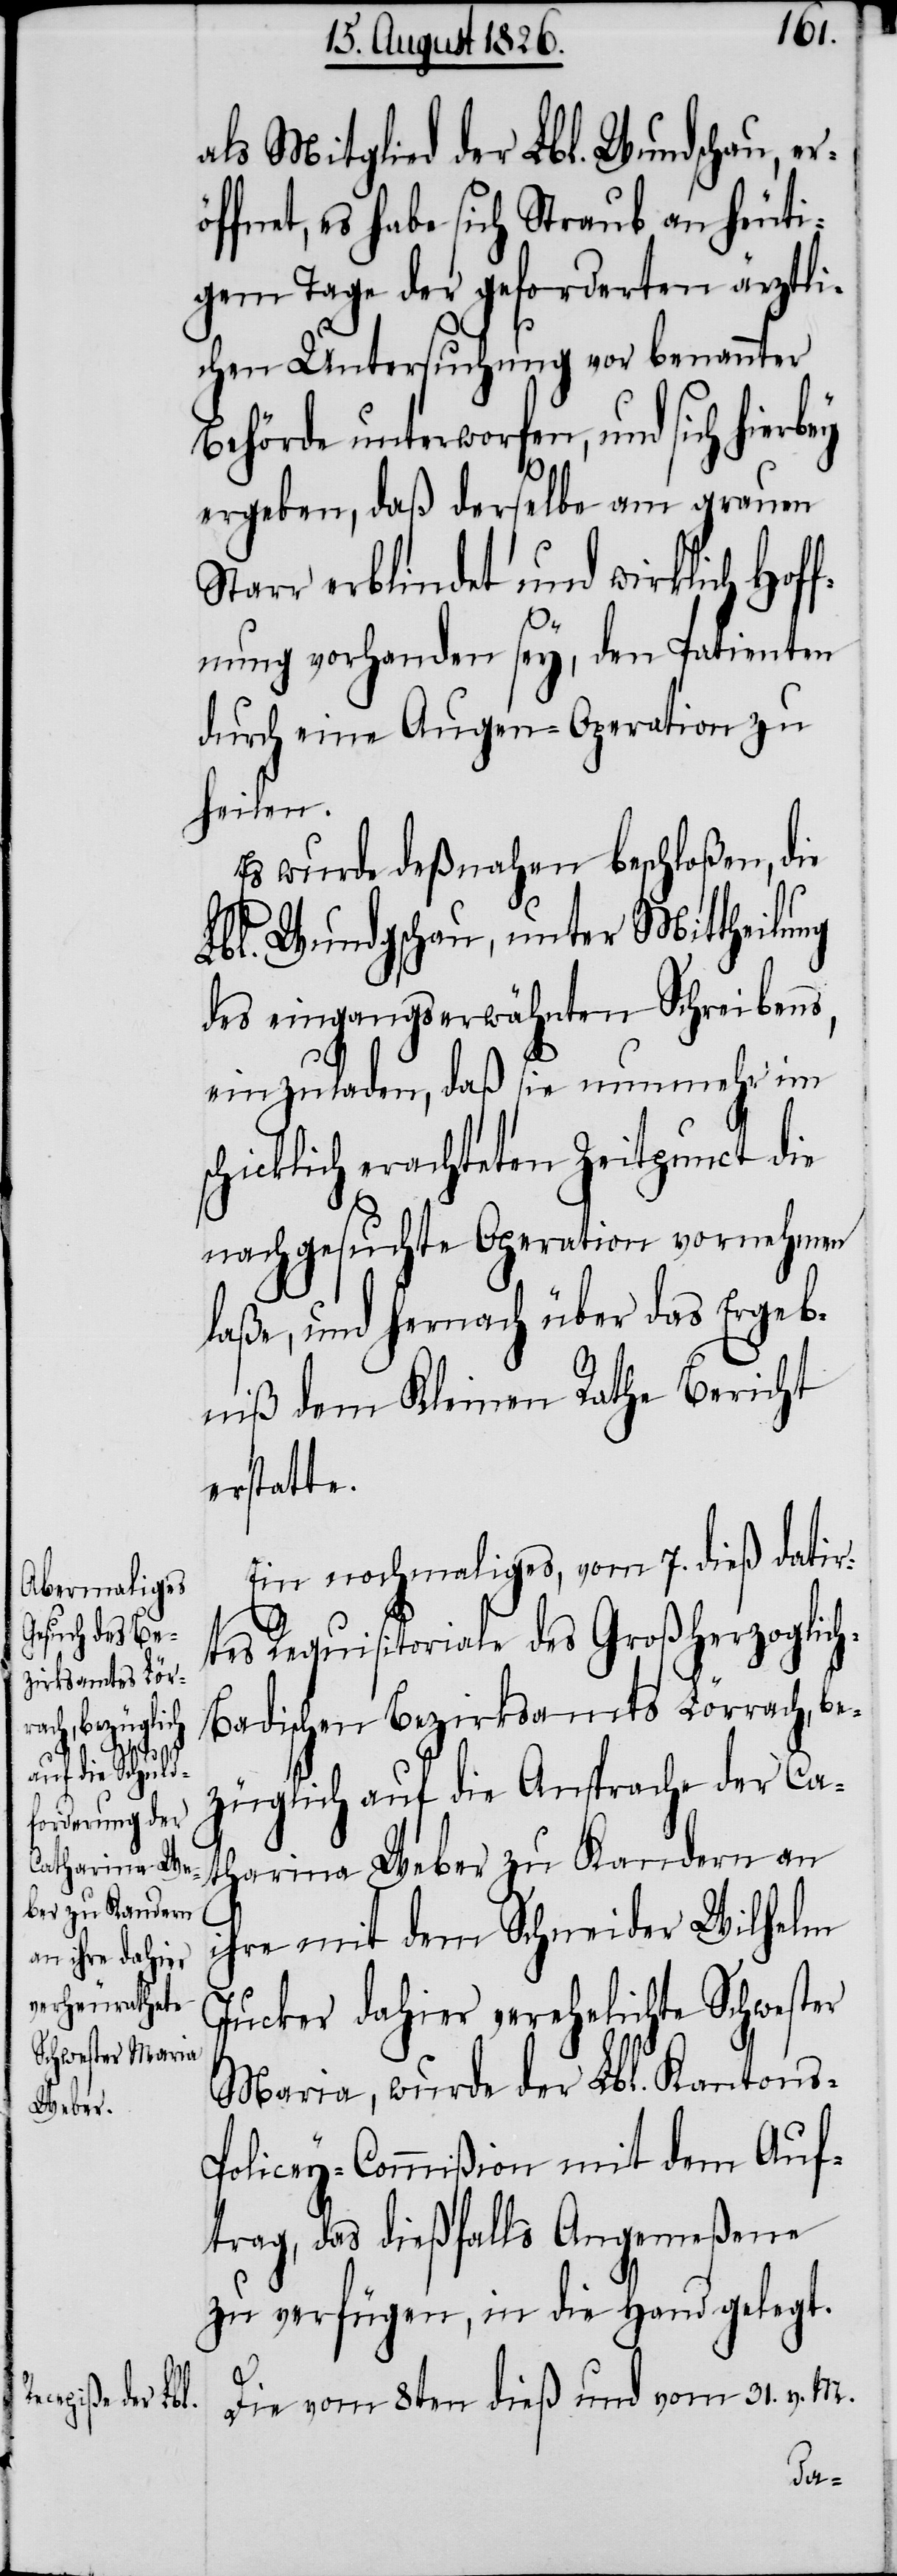
als Mitglied der Lbl. Wundschau, er¬
ffnet, es habe sich Straub an heuti¬
gem Tage der geforderten ärztli¬
chen Untersuchung vor benannter
Behörde unterworfen, und sich hierbey
ergeben, daß derselbe am grauen
Starr erblindet und wirklich Hof¬
fnung vorhanden sey, den Patienten
durch eine Augen-Operation zu
heilen.
Es wurde deßnahen beschloßen, die
Lbl. Wundschau, unter Mittheilung
des eingangserwähnten Schreibens,
einzuladen, daß sie nunmehr im
schicklich erachteten Zeitpunct die
nachgesuchte Operation vornehmen
laße, und hernach über das Ergeb¬
niß dem Kleinen Rathe Bericht
erstatte.
Ein nochmaliges, vom 7. dieß datir¬
tes Requisitoriale des Großherzoglic¬
h-Badischen Bezirksamts Lörrach, be¬
züglich auf die Ansprache der Ca¬
tharina Weber zu Kandern an
ihre mit dem Schneider Wilhelm
Jucker dahier verehelichte Schwester
Maria, wurde der Lbl. Kanton¬
s-Policey-Commißion mit dem Auf¬
trag, das dießfalls Angemeßene
zu verfügen, in die Hand gelegt.
ö¬
Die vom 8ten dieß und vom 31. v. M.